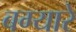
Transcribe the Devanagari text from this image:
बग्यारे